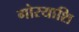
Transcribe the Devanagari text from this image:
गोरयाशि